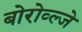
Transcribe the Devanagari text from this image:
बोरोव्ल्जे